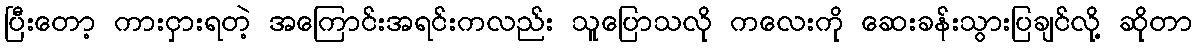
ပြီးတော့ ကားငှားရတဲ့ အကြောင်းအရင်းကလည်း သူပြောသလို ကလေးကို ဆေးခန်းသွားပြချင်လို့ ဆိုတာ